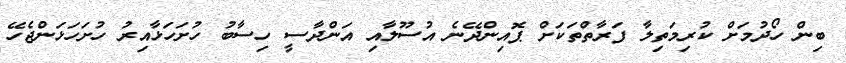
ބިން ހޯދުމަށް ކުރިމަތިލާ ފަރާތްތަކަށް ޕޮއިންދޭނެ އުސޫލާއި އަންދާސީ ހިސާބު ހުށަހަޅާއިރު ހުށަހަޅަންޖެހޭ